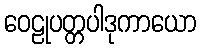
ဝေဠုပတ္တပါဒုကာယော